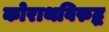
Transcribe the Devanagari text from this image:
कोराथविरुद्ध